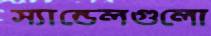
স্যান্ডেলগুলো